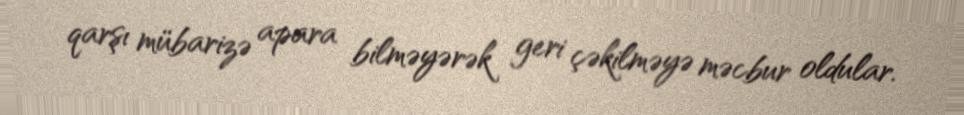
qarşı mübarizə apara bilməyərək geri çəkilməyə məcbur oldular.